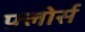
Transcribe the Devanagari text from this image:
फ़्लोर्स